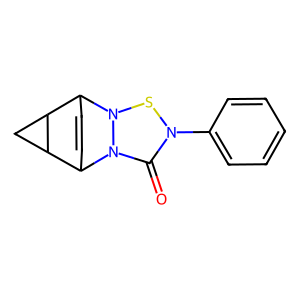
SMILES: O=C1N(c2ccccc2)SN2C3C=CC(C4CC43)N12
Inhibits HIV replication: No